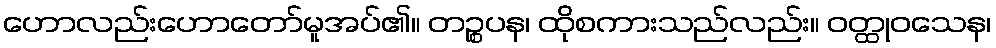
ဟောလည်းဟောတော်မူအပ်၏။ တဉ္စပန၊ ထိုစကားသည်လည်း။ ဝတ္ထုဝသေန၊